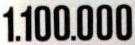
1.100.000